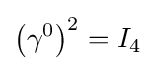
\left(\gamma ^{0}\right)^{2}=I_{4}